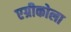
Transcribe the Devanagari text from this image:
एग्रीकोला